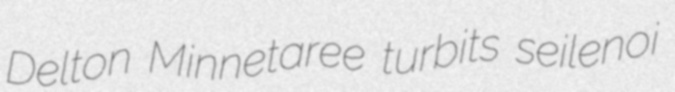
Delton Minnetaree turbits seilenoi